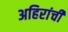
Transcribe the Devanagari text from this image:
अहिरांची